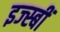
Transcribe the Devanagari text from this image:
इज्स्बीं